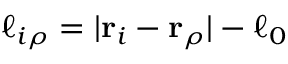
\ell _ { i \rho } = \vert { \bf r } _ { i } - { \bf r } _ { \rho } \vert - \ell _ { 0 }